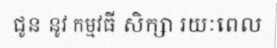
ជូន នូវ កម្មវធី សិក្សា រយៈពេល